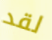
لقد